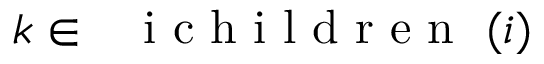
k \in \mathrm { ~ \normalfont ~ { ~ i ~ c ~ h ~ i ~ l ~ d ~ r ~ e ~ n ~ } ~ } ( i )